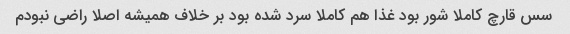
سس قارچ کاملا شور بود غذا هم کاملا سرد شده بود بر خلاف همیشه اصلا راضی نبودم